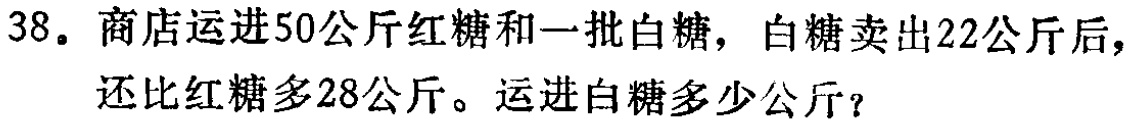
38。商店运进50公斤红糖和一批白糖，白糖卖出22公斤后，
还比红糖多28公斤。运进白糖多少公斤？